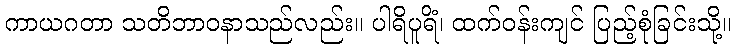
ကာယဂတာ သတိဘာဝနာသည်လည်း။ ပါရိပူရိံ၊ ထက်ဝန်းကျင် ပြည့်စုံခြင်းသို့။